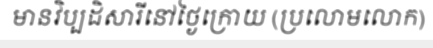
មានវិប្បដិសារីនៅថ្ងៃក្រោយ (ប្រលោមលោក)